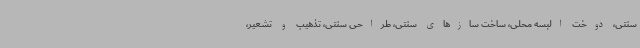
سنتی، دوخت البسه محلی، ساخت سازهای سنتی، طراحی سنتی، تذهیب و تشعیر،